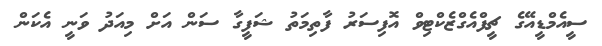
ސީއެމްޑީއޭގެ ޗީފްއެގްޒެކްޓިވް އޮފިސަރު ފާތިމަތު ޝަފީގާ ސަން އަށް މިއަދު ވަނީ އެކަން